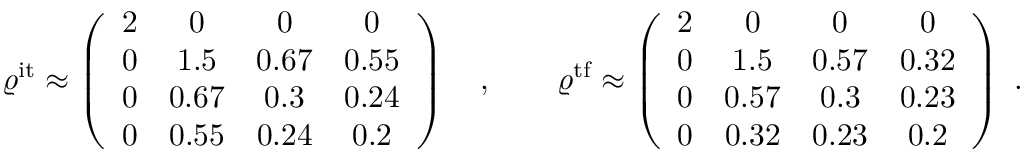
\begin{array} { r } { \varrho ^ { \mathrm { i t } } \approx \left( \begin{array} { c c c c } { 2 } & { 0 } & { 0 } & { 0 } \\ { 0 } & { 1 . 5 } & { 0 . 6 7 } & { 0 . 5 5 } \\ { 0 } & { 0 . 6 7 } & { 0 . 3 } & { 0 . 2 4 } \\ { 0 } & { 0 . 5 5 } & { 0 . 2 4 } & { 0 . 2 } \end{array} \right) \quad , \qquad \varrho ^ { \mathrm { t f } } \approx \left( \begin{array} { c c c c } { 2 } & { 0 } & { 0 } & { 0 } \\ { 0 } & { 1 . 5 } & { 0 . 5 7 } & { 0 . 3 2 } \\ { 0 } & { 0 . 5 7 } & { 0 . 3 } & { 0 . 2 3 } \\ { 0 } & { 0 . 3 2 } & { 0 . 2 3 } & { 0 . 2 } \end{array} \right) \ . } \end{array}